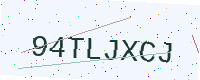
Text: 94TLJXCJ